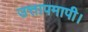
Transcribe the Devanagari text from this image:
उत्तापमापी।